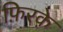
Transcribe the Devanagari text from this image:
फ़िरके़